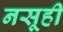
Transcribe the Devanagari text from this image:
नसूही